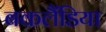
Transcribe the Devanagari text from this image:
बकलैंडिया